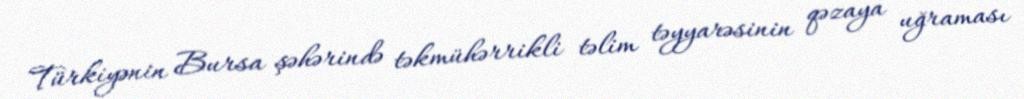
Türkiyənin Bursa şəhərində təkmühərrikli təlim təyyarəsinin qəzaya uğraması